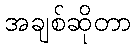
အချစ်ဆိုတာ